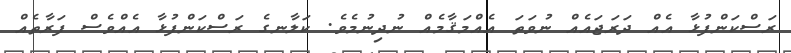
ރަސްކަންފުޅާ އެއް ދަރަޖައެއް ނުވަތަ އެއްމަޤާމެއް ނުދިނުމެވެ. ކަލާނގެ ރަސްކަންފުޅާ އެއްވެސް ފަރާތެއް